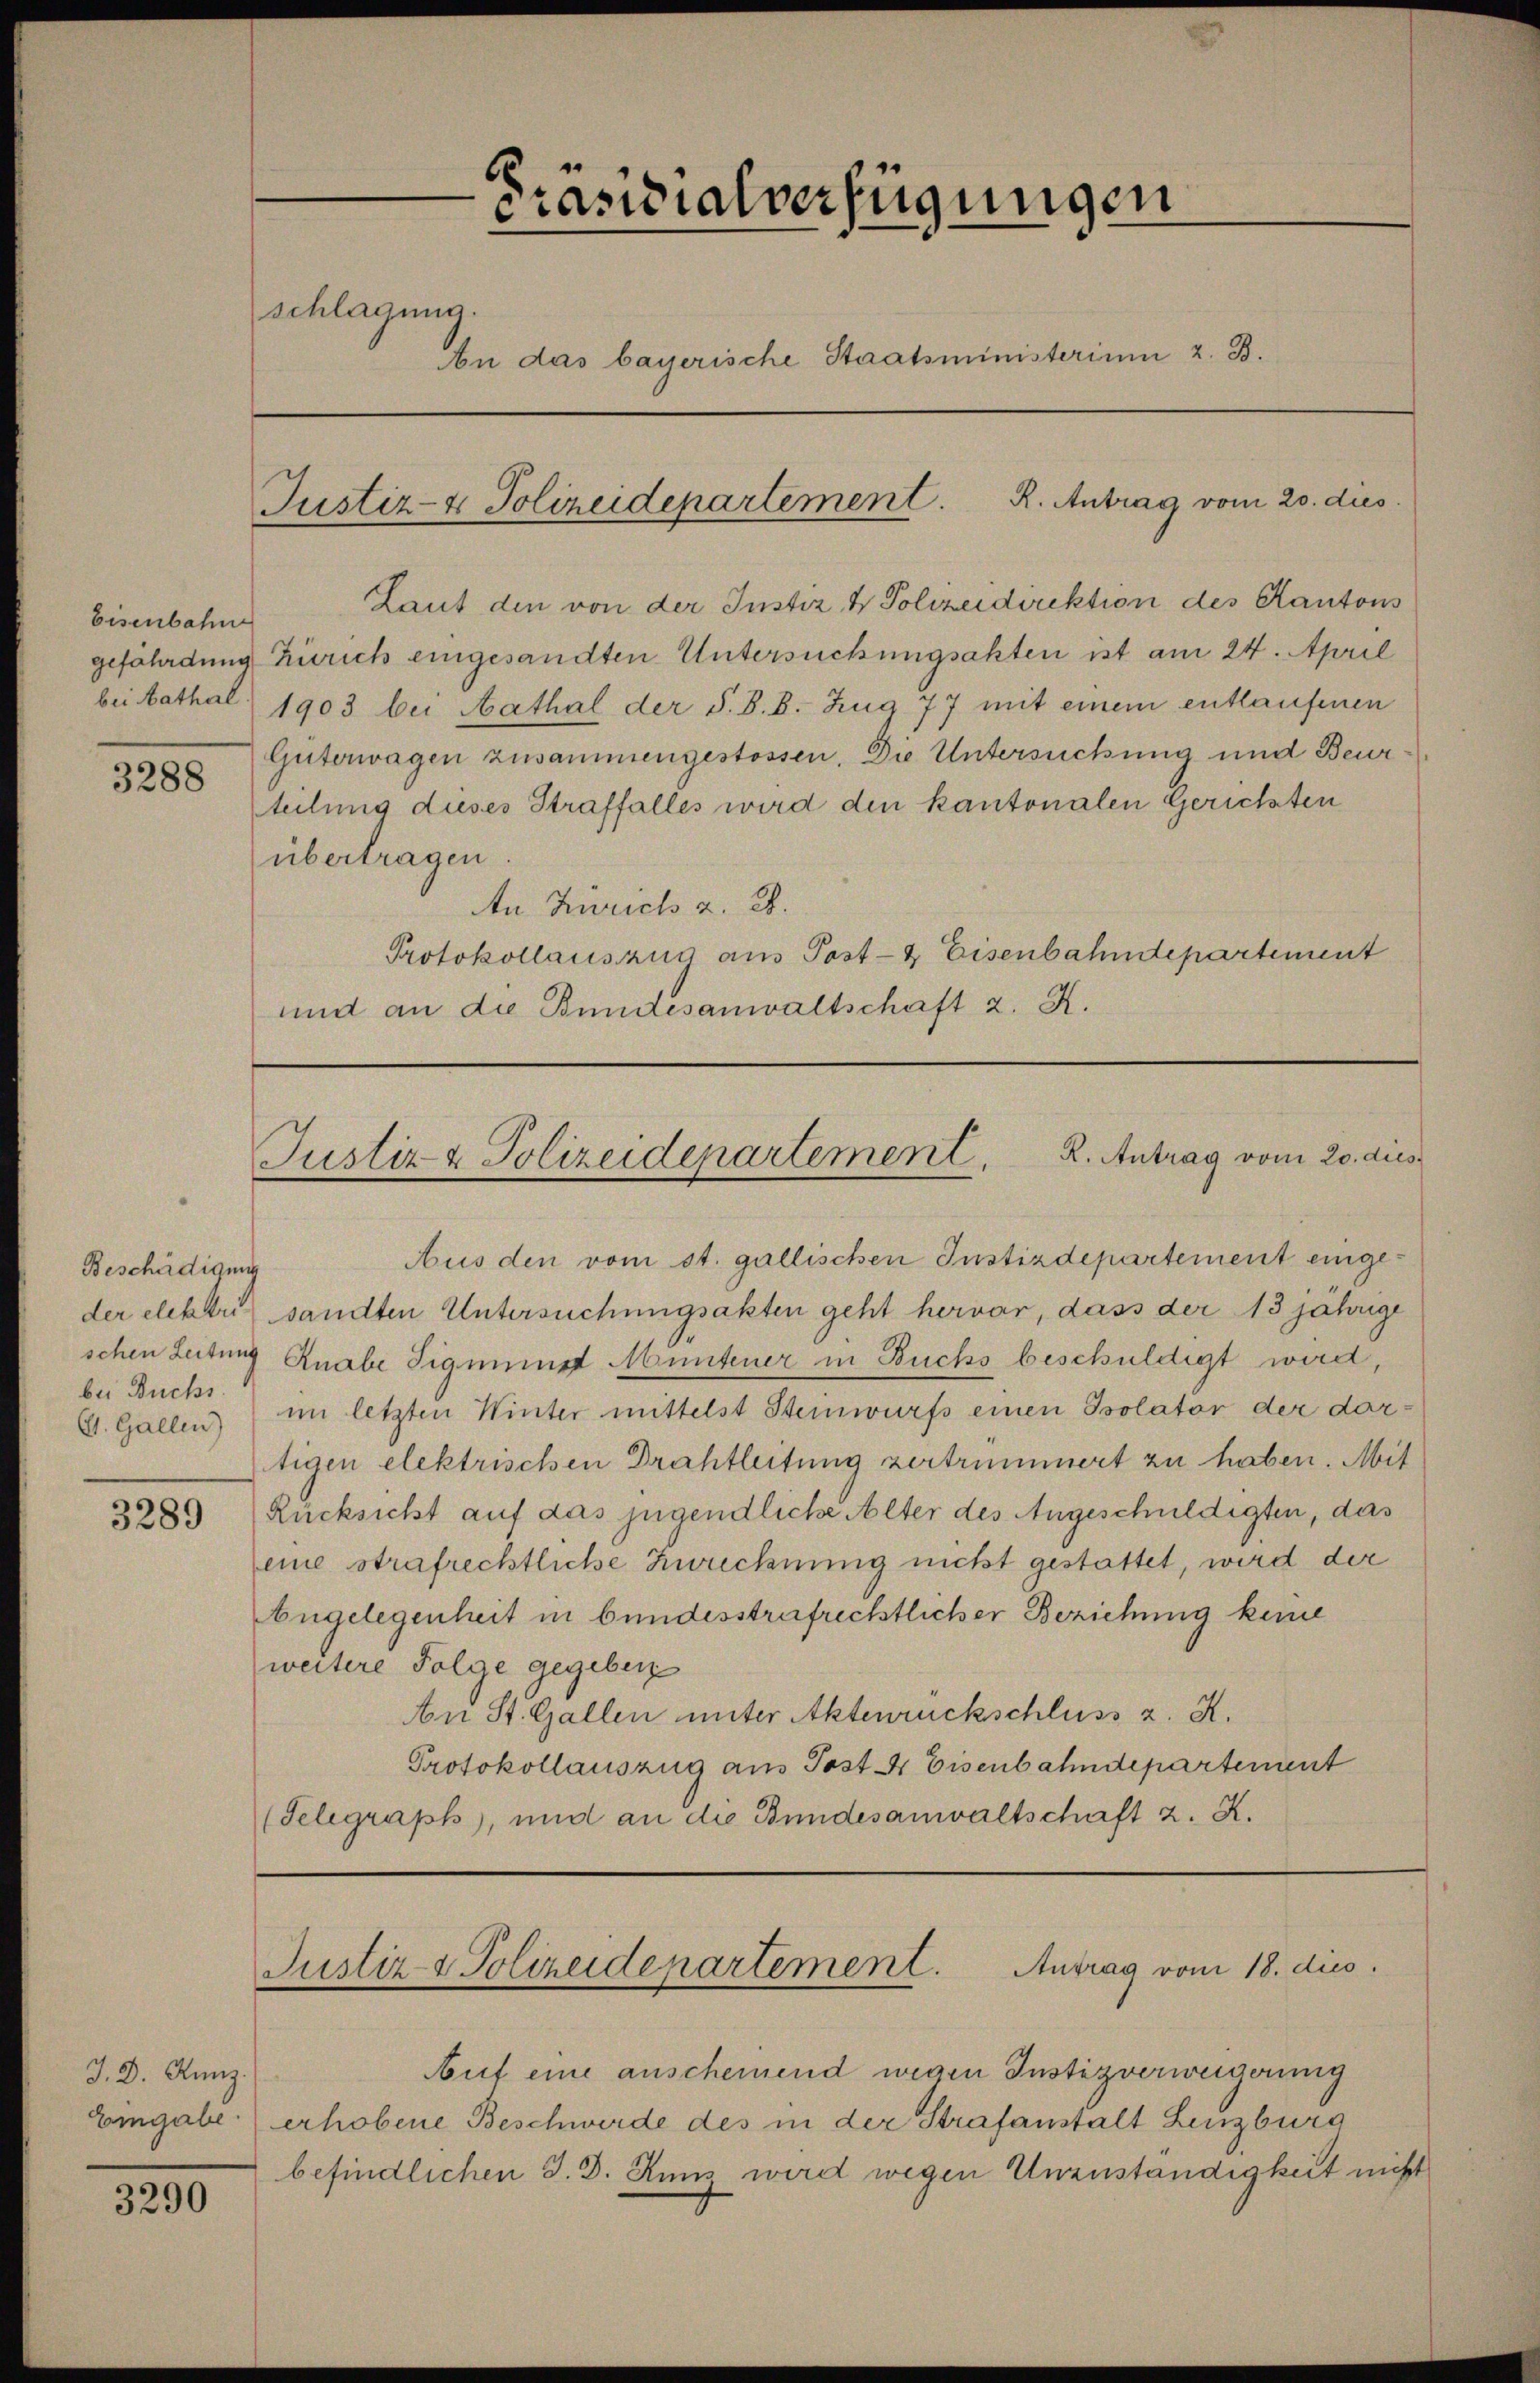
Eisenbahne

3288

Beschädigung
G. Gallen)

3289

J. D. Kunz.

3290

Präsidialverfügungen
schlagung.
An das bayerische Staatsministerium 2. B.

Laut den von der Instiz & Polizeidirektion des Kantons
gefährdung Zürich eingesandten Untersuchungsakten ist am 24. April
bei bathal 1903 bei Aathal der S. B. B. Zug 77 mit einem entlaufenen
Güterwagen zusammengestossen. Die Untersuchung und Beurteilung dieses Straffalles wird den kantonalen Gerichten
übertragen
An Zürich z. B.
Protokollauszug aus Post- & Eisenbahndepartement
und an die Bundesanwaltschaft z. K.

Aus den vom st. gallischen Instizdepartement eingeder elektris sandten Untersuchungsakten geht hervor, dass der 13 jährige
schen Leitung Knabe Sigmund Muntener in Buchs beschuldigt wird,
bei Buck) im letzten Winter mittelst Steinwurfs einen Isolator der dartigen elektrischen Drahtleitung zertrümmert zu haben. Mit
Rücksicht auf das jugendliche Alter des Angeschuldigten, das
eine strafrechtliche Zwecknung nicht gestattet, wird der
bugelegenheit in bundesstrafrechtlicher Beziehung keine
weitere Folge gegeben
An St. Gallen unter Aktenrückschluss z. K.
Protokollauszug aus Post 4 Eisenbahndepartement
(Telegraph, und an die Bundesanwaltschaft z. K.

Justiz- & Polizeidepartement. R. Antrag vom 20. dies

Justiz- & Polizeidepartement. R. Antrag vom 20. dies

Justiz & Polizeidepartement. Antrag vom 18. dies

Auf eine anscheinend wegen Justizverweigerung
Emgabe erhobene Beschwerde des in der Strafanstalt Lenzburg
befindlichen S. D. Kunz wird wegen Unzuständigkeit nicht